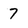
Character: 7